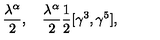
\frac { \lambda ^ { \alpha } } { 2 } , \quad \frac { \lambda ^ { \alpha } } { 2 } { \frac { 1 } { 2 } } [ \gamma ^ { 3 } , \gamma ^ { 5 } ] ,